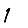
Digit: 1